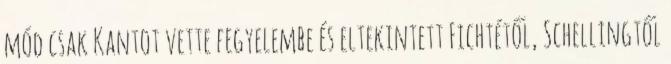
mód csak Kantot vette fegyelembe és eltekintett Fichtétől, Schellingtől